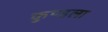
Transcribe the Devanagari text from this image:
कुण्डला